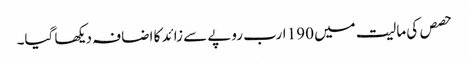
حصص کی مالیت میں 190 ارب روپے سے زائد کا اضافہ دیکھا گیا۔